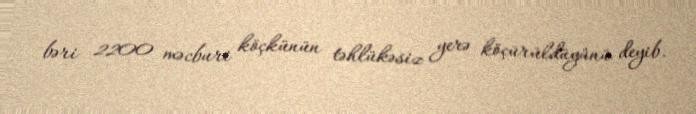
bəri 2200 məcburi köçkünün təhlükəsiz yerə köçürüldüyünü deyib.